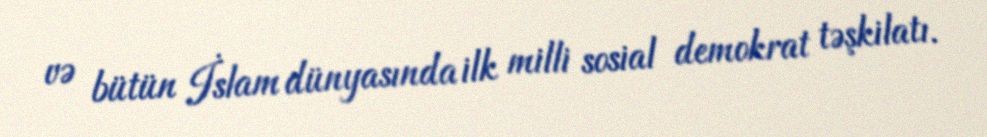
və bütün İslam dünyasında ilk milli sosial demokrat təşkilatı.